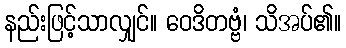
နည်းဖြင့်သာလျှင်။ ဝေဒိတဗ္ဗံ၊ သိအပ်၏။